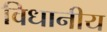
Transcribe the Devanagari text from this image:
विधानीय